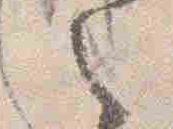
之